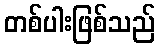
တစ်ပါးဖြစ်သည်